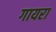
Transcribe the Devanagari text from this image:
गायरा